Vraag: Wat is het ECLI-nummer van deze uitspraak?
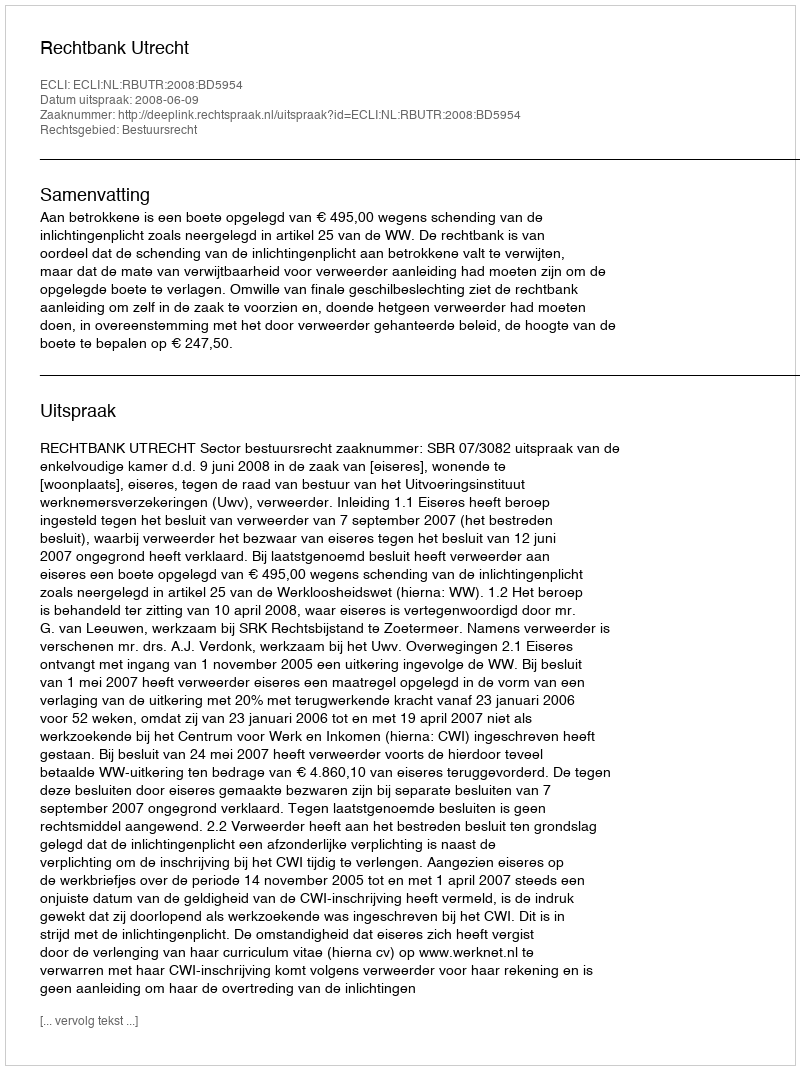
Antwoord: ECLI:NL:RBUTR:2008:BD5954